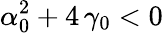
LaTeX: \alpha_{0}^{2}+4\, \gamma_{0}<0